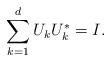
LaTeX: \begin{align*}\sum_{k=1}^d U_k U_k^*=I.\end{align*}